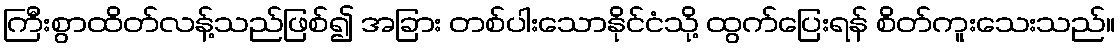
ကြီးစွာထိတ်လန့်သည်ဖြစ်၍ အခြား တစ်ပါးသောနိုင်ငံသို့ ထွက်ပြေးရန် စိတ်ကူးသေးသည်။